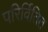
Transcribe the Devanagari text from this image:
परिर्वितित